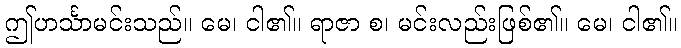
ဤဟင်္သာမင်းသည်။ မေ၊ ငါ၏။ ရာဇာ စ၊ မင်းလည်းဖြစ်၏။ မေ၊ ငါ၏။